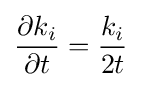
{\frac {\partial k_{i}}{\partial t}}={\frac {k_{i}}{2t}}